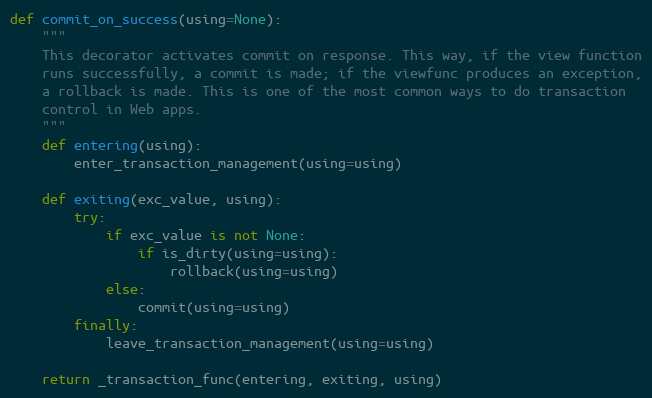
Language: Python
def commit_on_success(using=None):
    """
    This decorator activates commit on response. This way, if the view function
    runs successfully, a commit is made; if the viewfunc produces an exception,
    a rollback is made. This is one of the most common ways to do transaction
    control in Web apps.
    """
    def entering(using):
        enter_transaction_management(using=using)

    def exiting(exc_value, using):
        try:
            if exc_value is not None:
                if is_dirty(using=using):
                    rollback(using=using)
            else:
                commit(using=using)
        finally:
            leave_transaction_management(using=using)

    return _transaction_func(entering, exiting, using)